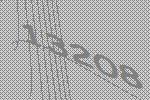
13208